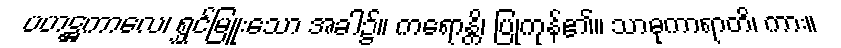
ပဟဋ္ဌကာလေ၊ ရွှင်မြူးသော အခါ၌။ ကရောန္တိ၊ ပြုကုန်၏။ သာဓုကာရာတိ၊ ကား။